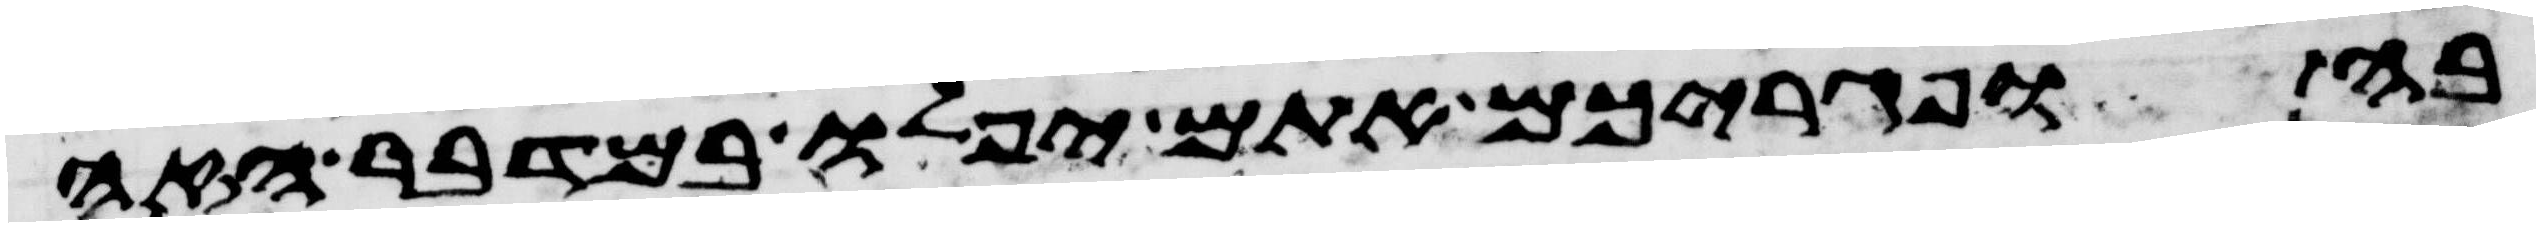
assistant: בה ופגריכם אתם יפלו במדבר הזה